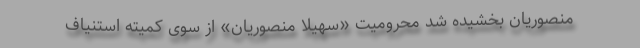
منصوریان بخشیده شد محرومیت «سهیلا منصوریان» از سوی کمیته استنیاف